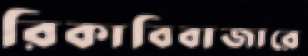
রিকাবিবাজারে